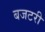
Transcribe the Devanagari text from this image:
बजटरी